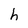
Character: h